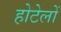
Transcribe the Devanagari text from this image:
होटेलों